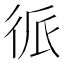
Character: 𱝯